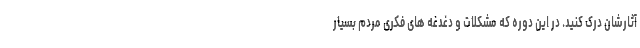
آثارشان درک کنید. در این دوره که مشکلات و دغدغه های فکری مردم بسیار